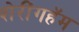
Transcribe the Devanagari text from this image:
शेरींगहॅम